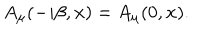
LaTeX: A _ { \mu } ( - i \beta , { \bf x } ) = A _ { \mu } ( 0 , { \bf x } ) .